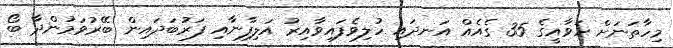
މިހާތަނަށް ހަވާއީގެ 35 ގެއެއް އަނދައި ހުލިވެފައިވާއިރު އަލިފާނާއި ފަރުބަދައިން ބޭރުވަމުންދާ ބޯ